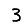
Digit: 3